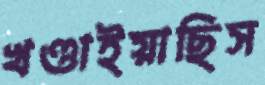
খণ্ডাইয়াছিস